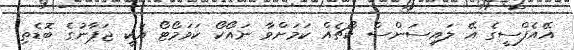
އޭއެފްސީގެ އޭ ލައިސަންސް ކޯޗެއް ކަމަށްވާ ނައޯކޯ ކަވަމޯޓޯ އަކީ ޖަޕާނުގެ ބޮޑެތި